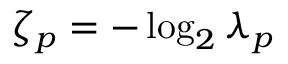
\zeta _ { p } = - \log _ { 2 } \lambda _ { p }